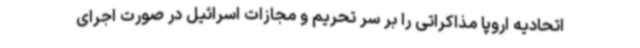
اتحادیه اروپا مذاکراتی را بر سر تحریم و مجازات اسرائیل در صورت اجرای